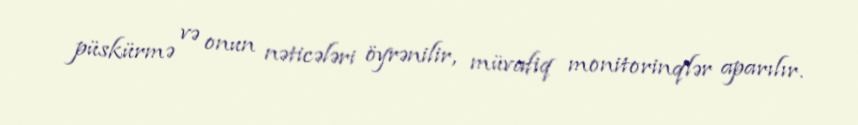
püskürmə və onun nəticələri öyrənilir, müvafiq monitorinqlər aparılır.